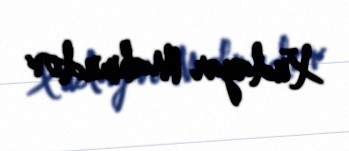
Xudayar Mahmudov